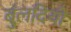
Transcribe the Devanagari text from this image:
बुंलदियो